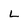
Character: L